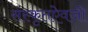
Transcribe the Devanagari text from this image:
संस्कृतऐवजी